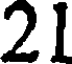
21